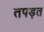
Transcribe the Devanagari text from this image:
तपड़त